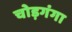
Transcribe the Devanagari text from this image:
चोड़गंगा